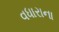
વધારાના